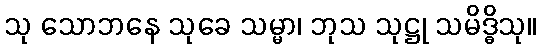
သု သောဘနေ သုခေ သမ္မာ၊ ဘုသ သုဋ္ဌု သမိဒ္ဓိသု။